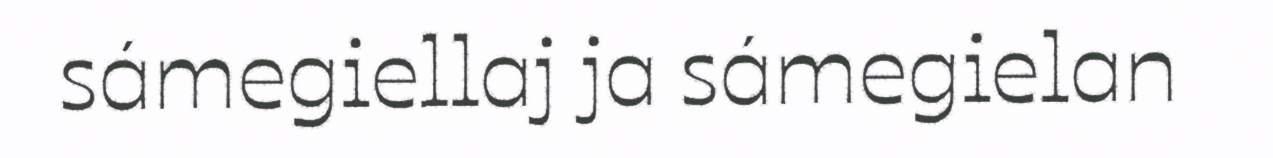
sámegiellaj ja sámegielan